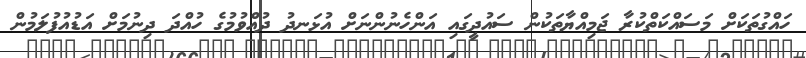
ހައްގުތަކަށް މަސައްކަތްކުރާ ޖަމިއްޔާތަކުން ސައުދީގައި އަންހެނުންނަށް އުޅަނދު ދުއްވުމުގެ ހުއްދަ ދިނުމަށް އަޑުއުފުލަމުން